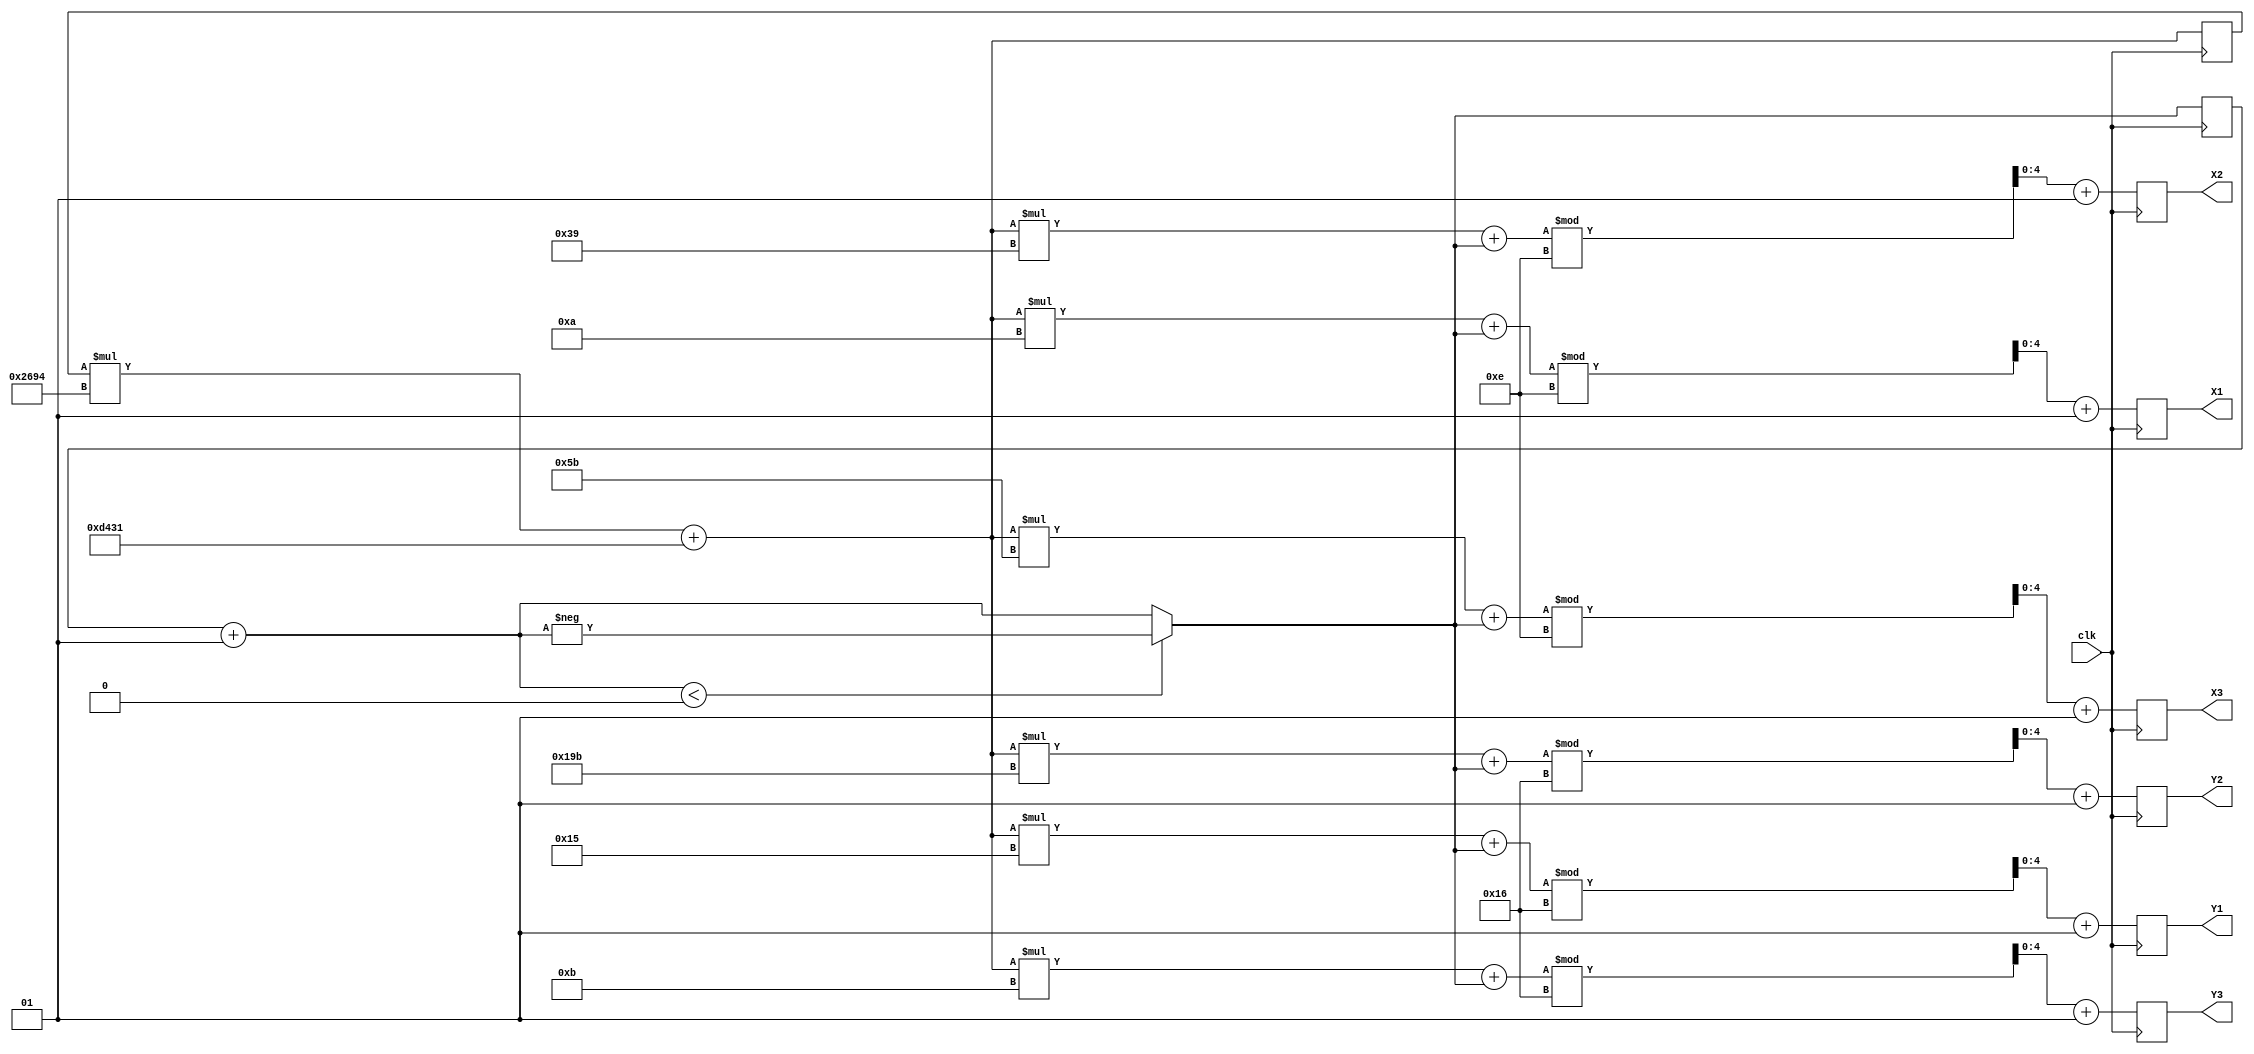
`timescale 1ns / 1ps
//////////////////////////////////////////////////////////////////////////////////
// Company: 
// Engineer: 
// 
// Design Name: 
// Module Name: random
// Project Name: 
// Target Devices: 
// Tool Versions: 
// Description: 
// 
// Dependencies: 
// 
// Revision:
// Revision 0.01 - File Created
// Additional Comments:
// 
//////////////////////////////////////////////////////////////////////////////////


module random(
    input clk,
    output reg [4:0] X1,
    output reg [4:0] Y1,
    output reg [4:0] X2,
    output reg [4:0] Y2,
    output reg [4:0] X3,
    output reg [4:0] Y3
    );
    
    integer i=0;
    integer seed;
    
    initial begin
        X1 = 0;
        Y1 = 0;
        X2 = 0;
        Y2 = 0;
        X3 = 0;
        Y3 = 0;
        
        seed = 1;
        
    end
    
    always @(posedge clk)
        begin
        
            $display("X1: %d",X1);
            $display("Y1: %d",Y1);
            $display("X2: %d",X2);
            $display("Y2: %d",Y2);
            $display("X3: %d",X3);
            $display("Y3: %d",Y3);
            seed = seed + 1;
            if(seed < 0)   
                seed = -seed;
                
            i = i*9876 + 54321;
            X1 <= (i * 10 + seed) % 14 + 1;
            Y1 <= (i * 21 + seed) % 22 + 1;
            X2 <= (i * 57 + seed) % 14 + 1;
            Y2 <= (i * 411 + seed) % 22 + 1;
            X3 <= (i * 91 + seed) % 14 + 1;
            Y3 <= (i * 11 + seed) % 22 + 1;
        end
        
endmodule